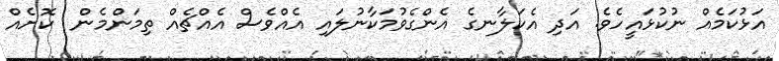
އަޅުކަމެއް ނުކުޅައީހެވެ. އަދި އެކަލާނގެ އެންގެވުމަކާނުލައި އެއްވެސް އެއްޗެއް ތިމަންމެން  ކޮށެއް